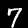
Label: 7